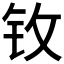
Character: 𮷺